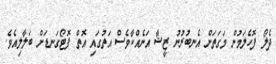
ދެލޯ ފޮހެލަމުން މަގަތަށް އެނބުރުނު ޒީޝާ އަނެއްކާވެސް އަތުގައި އޮތް ފޮޓޯގަނޑަށް ބަލާލިއެވެ.